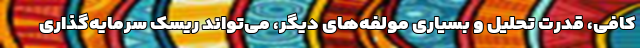
کافی، قدرت تحلیل و بسیاری مولفه‌های دیگر، می‌تواند ریسک سرمایه‌گذاری